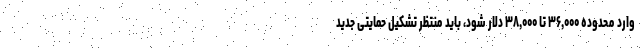
وارد محدوده ۳۶,۰۰۰ تا ۳۸,۰۰۰ دلار شود، باید منتظر تشکیل حمایتی جدید